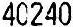
40240